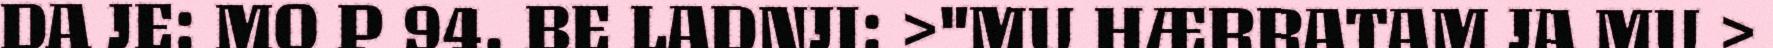
DA JE: MO P 94. BE LADNJI: >"MU HÆRRATAM JA MU >